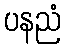
ပနညံ